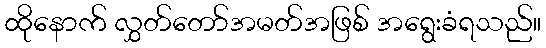
ထိုနောက် လွှတ်တော်အမတ်အဖြစ် အရွေးခံရသည်။